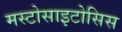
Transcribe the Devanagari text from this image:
मस्टोसाइटोसिस